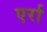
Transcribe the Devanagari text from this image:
एर्रा